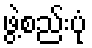
ဖွဲ့စည်းပုံ